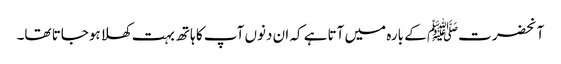
آنحضرتﷺ کے بارہ میں آتاہے کہ ان دنوں آپ کا ہاتھ بہت کھلا ہوجاتا تھا۔